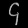
Digit: ၄